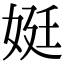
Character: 娗